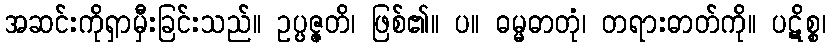
အဆင်းကိုရှာမှီးခြင်းသည်။ ဥပ္ပဇ္ဇတိ၊ ဖြစ်၏။ ပ။ ဓမ္မဓာတုံ၊ တရားဓာတ်ကို။ ပဋိစ္စ၊